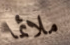
ملائما